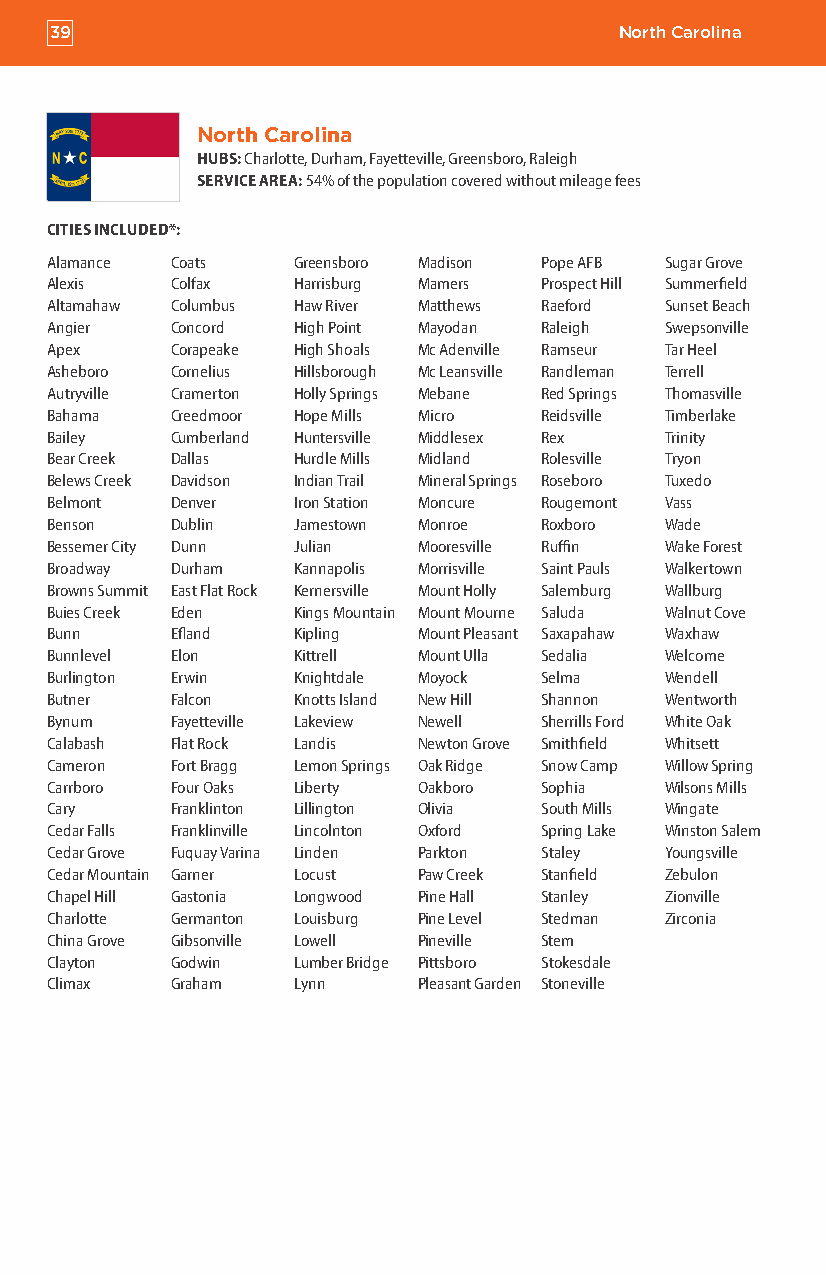
39                                    North Carolina
 North Carolina
 HUBS: Charlotte, Durham, Fayetteville, Greensboro, Raleigh
 SERVICE AREA: 54% of the population covered without mileage fees
 CITIES INCLUDED*:
 Alamance Coats  Greensboro Madison Pope AFB Sugar Grove
 Alexis  Colfax  Harrisburg Mamers Prospect Hill Summerfield
 Altamahaw Columbus Haw River Matthews Raeford Sunset Beach
 Angier  Concord High Point Mayodan Raleigh Swepsonville
 Apex    Corapeake High Shoals Mc Adenville Ramseur Tar Heel
 Asheboro Cornelius Hillsborough Mc Leansville Randleman Terrell
 Autryville Cramerton Holly Springs Mebane Red Springs Thomasville
 Bahama  Creedmoor Hope Mills Micro Reidsville Timberlake
 Bailey  Cumberland Huntersville Middlesex Rex Trinity
 Bear Creek Dallas Hurdle Mills Midland Rolesville Tryon
 Belews Creek Davidson Indian Trail Mineral Springs Roseboro Tuxedo
 Belmont Denver  Iron Station Moncure Rougemont Vass
 Benson  Dublin  Jamestown Monroe Roxboro Wade
 Bessemer City Dunn Julian Mooresville Ruffin Wake Forest
 Broadway Durham Kannapolis Morrisville Saint Pauls Walkertown
 Browns Summit East Flat Rock Kernersville Mount Holly Salemburg Wallburg
 Buies Creek Eden Kings Mountain Mount Mourne Saluda Walnut Cove
 Bunn    Efland  Kipling  Mount Pleasant Saxapahaw Waxhaw
 Bunnlevel Elon  Kittrell Mount Ulla Sedalia Welcome
 Burlington Erwin Knightdale Moyock Selma Wendell
 Butner  Falcon  Knotts Island New Hill Shannon Wentworth
 Bynum   Fayetteville Lakeview Newell Sherrills Ford White Oak
 Calabash Flat Rock Landis Newton Grove Smithfield Whitsett
 Cameron Fort Bragg Lemon Springs Oak Ridge Snow Camp Willow Spring
 Carrboro Four Oaks Liberty Oakboro Sophia Wilsons Mills
 Cary    Franklinton Lillington Olivia South Mills Wingate
 Cedar Falls Franklinville Lincolnton Oxford Spring Lake Winston Salem
 Cedar Grove Fuquay Varina Linden Parkton Staley Youngsville
 Cedar Mountain Garner Locust Paw Creek Stanfield Zebulon
 Chapel Hill Gastonia Longwood Pine Hall Stanley Zionville
 Charlotte Germanton Louisburg Pine Level Stedman Zirconia
 China Grove Gibsonville Lowell Pineville Stem
 Clayton Godwin  Lumber Bridge Pittsboro Stokesdale
 Climax  Graham  Lynn     Pleasant Garden Stoneville